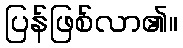
ပြန်ဖြစ်လာ၏။